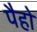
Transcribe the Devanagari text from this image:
पैहो